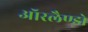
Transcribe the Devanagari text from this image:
ऑरलैण्डो